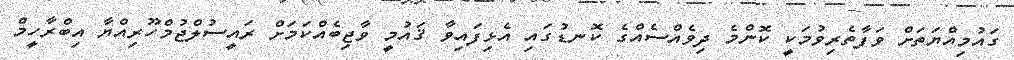
ގައުމިއްޔަތަށް ވަފާތެރިވުމަކީ ކޮންމެ ދިވެއްސެއްގެ ކޮނޑުގައި އެޅިފައިވާ ޤައުމީ ވާޖިބެއްކަމަށް ރައީސުލްޖުމްހޫރިއްޔާ އިބްރާހީމް